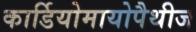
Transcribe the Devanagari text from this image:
कार्डियोमायोपैथीज